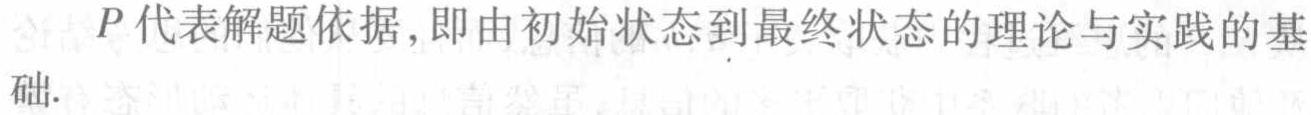
$P$代表解题依据，即由初始状态到最终状态的理论与实践的基础.